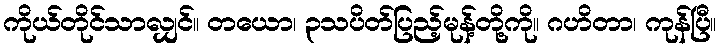
ကိုယ်တိုင်သာလျှင်။ တယော၊ ၃သပိတ်ပြည့်မုန့်တို့ကို။ ဂဟိတာ၊ ကုန်ပြီ။